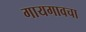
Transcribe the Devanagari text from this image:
गायगावचा